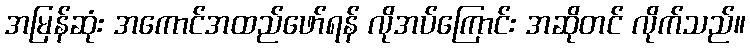
အမြန်ဆုံး အကောင်အထည်ဖော်ရန် လိုအပ်ကြောင်း အဆိုတင် လိုက်သည်။